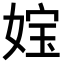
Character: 𡝬